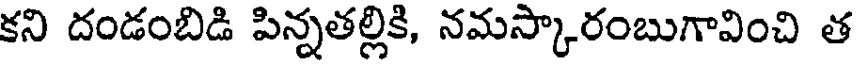
కని దండంబిడి పిన్నతల్లికి, నమస్కారంబుగావించి త